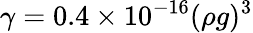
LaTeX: \gamma=0.4\times 10^{-16}(\rho g)^{3}